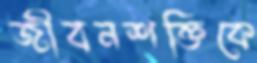
জীবনশক্তিকে